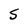
Character: S